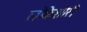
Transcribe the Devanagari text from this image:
लोकेशोरी